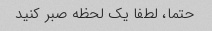
حتما، لطفا یک لحظه صبر کنید